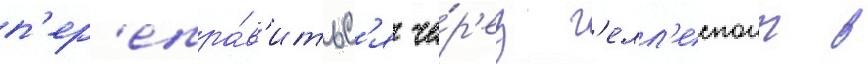
п'ер'епра́в'итьс'я че́р'ез г'елл'еспонт в